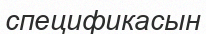
спецификасын